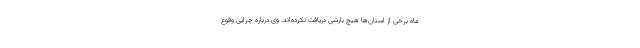
ماه برخی از استان‌ها هیچ بارشی دریافت نکرده‌اند. وی درباره چرایی وقوع